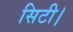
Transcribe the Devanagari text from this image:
सिटी।